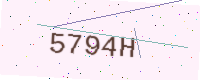
Text: 5794H